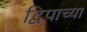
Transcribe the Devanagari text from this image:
द्विपाच्या